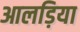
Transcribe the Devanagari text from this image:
आलड़िया